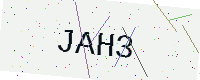
Text: JAH3